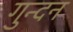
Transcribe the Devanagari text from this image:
गुन्दन